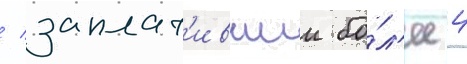
/ заплат'ившии бо́л'ее 4